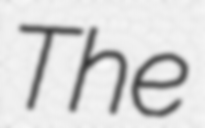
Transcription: The